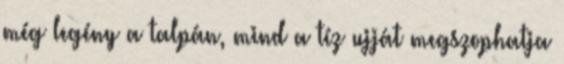
még legény a talpán, mind a tíz ujját megszophatja